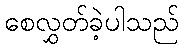
စေလွှတ်ခဲ့ပါသည်